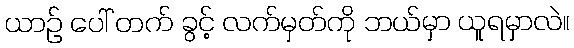
ယာဉ် ပေါ် တက် ခွင့် လက်မှတ်ကို ဘယ်မှာ ယူရမှာလဲ။